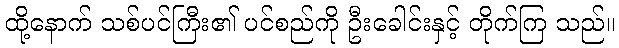
ထို့နောက် သစ်ပင်ကြီး၏ ပင်စည်ကို ဦးခေါင်းနှင့် တိုက်ကြ သည်။